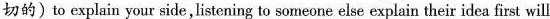
切的)to explain your side,listening to someone else explain their idea first will